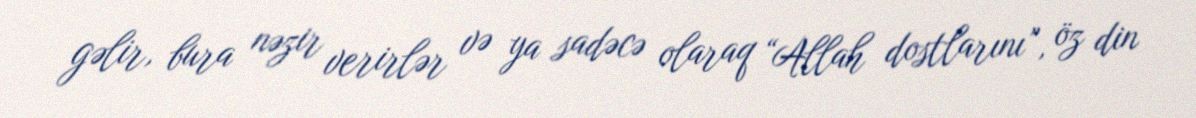
gəlir, bura nəzir verirlər və ya sadəcə olaraq “Allah dostlarını”, öz din